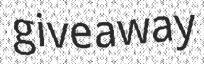
giveaway